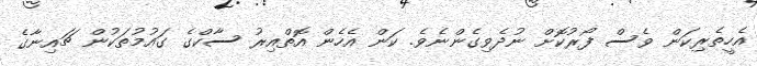
އެހީތެރިކަން ވެސް ފޯރުކޮށް ނުދެވިގެންނެވެ. ކަން އެހެން އޮތްއިރު ސާކްގެ ގައުމުތަކުން ޗައިނާގެ